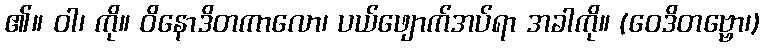
၏။ ဝါ၊ ကို။ ဝိနောဒိတကာလော၊ ပယ်ဖျောက်အပ်ရာ အခါကို။ (ဝေဒိတဗ္ဗော၊)